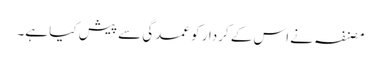
مصنفہ نے اس کے کردار کو عمدگی سے پیش کیا ہے۔